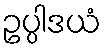
ဥပ္ပါဒယံ